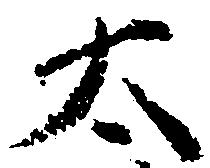
太